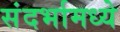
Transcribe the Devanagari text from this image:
संदर्भामध्ये